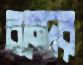
বন্দের